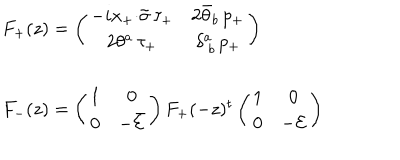
\begin{array} { l } { { F _ { + } ( z ) = \left( \begin{array} { c c } { { - i x _ { + } { \cdot \tilde { \sigma } } \, \tau _ { + } } } & { { 2 \bar { \theta } _ { b } \, p _ { + } } } \\ { { 2 \theta ^ { a } \, \tau _ { + } } } & { { \delta _ { ~ b } ^ { a } \, p _ { + } } } \\ \end{array} \right) } } \\ { { { } } } \\ { { F _ { - } ( z ) = \left( \begin{array} { c c } { { 1 } } & { { 0 } } \\ { { 0 } } & { { - \bar { { \cal E } } } } \\ \end{array} \right) F _ { + } ( - z ) ^ { t } \left( \begin{array} { c c } { { 1 } } & { { 0 } } \\ { { 0 } } & { { - { \cal E } } } \\ \end{array} \right) } } \\ \end{array}